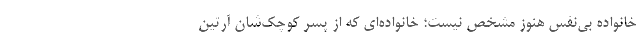
خانواده بی‌نفس هنوز مشخص نیست؛ خانواده‌ای که از پسر کوچک‌شان آرتین